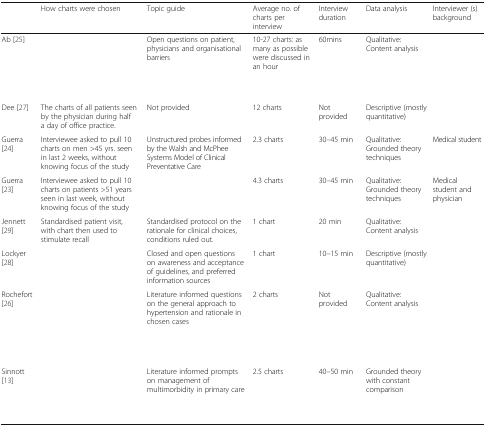
<table><thead><tr><td>[EMPTY_CELL]</td><td><b>How charts were chosen</b></td><td><b>Topic guide</b></td><td><b>Average no. of charts per interview</b></td><td><b>Interview duration</b></td><td><b>Data analysis</b></td><td><b>Interviewer (s) background</b></td></tr></thead><tbody><tr><td>Ab [25]</td><td>[EMPTY_CELL]</td><td>Open questions on patient, physicians and organisational barriers</td><td>10-27 charts: as many as possible were discussed in an hour</td><td>60mins</td><td>Qualitative: Content analysis</td><td>[EMPTY_CELL]</td></tr><tr><td>Dee [27]</td><td>The charts of all patients seen by the physician during half a day of office practice.</td><td>Not provided</td><td>12 charts</td><td>Not provided</td><td>Descriptive (mostly quantitative)</td><td>[EMPTY_CELL]</td></tr><tr><td>Guerra [24]</td><td>Interviewee asked to pull 10 charts on men &gt;45 yrs. seen in last 2 weeks, without knowing focus of the study</td><td rowspan="2">Unstructured probes informed by the Walsh and McPhee Systems Model of Clinical Preventative Care</td><td>2.3 charts</td><td>30–45 min</td><td>Qualitative: Grounded theory techniques</td><td>Medical student</td></tr><tr><td>Guerra [23]</td><td>Interviewee asked to pull 10 charts on patients &gt;51 years seen in last week, without knowing focus of the study</td><td>4.3 charts</td><td>30–45 min</td><td>Qualitative: Grounded theory techniques</td><td>Medical student and physician</td></tr><tr><td>Jennett [29]</td><td>Standardised patient visit, with chart then used to stimulate recall</td><td>Standardised protocol on the rationale for clinical choices, conditions ruled out.</td><td>1 chart</td><td>20 min</td><td>Qualitative: Content analysis</td><td>[EMPTY_CELL]</td></tr><tr><td>Lockyer [28]</td><td>[EMPTY_CELL]</td><td>Closed and open questions on awareness and acceptance of guidelines, and preferred information sources</td><td>1 chart</td><td>10–15 min</td><td>Descriptive (mostly quantitative)</td><td>[EMPTY_CELL]</td></tr><tr><td>Rochefort [26]</td><td>[EMPTY_CELL]</td><td>Literature informed questions on the general approach to hypertension and rationale in chosen cases</td><td>2 charts</td><td>Not provided</td><td>Qualitative: Content analysis</td><td>[EMPTY_CELL]</td></tr><tr><td>Sinnott [13]</td><td>[EMPTY_CELL]</td><td>Literature informed prompts on management of multimorbidity in primary care</td><td>2.5 charts</td><td>40–50 min</td><td>Grounded theory with constant comparison</td><td>[EMPTY_CELL]</td></tr></tbody></table>